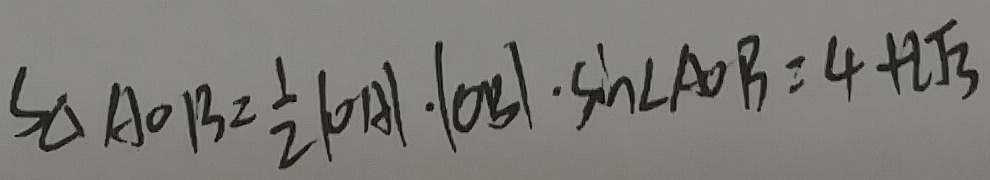
S _ { \Delta A O B } = \frac { 1 } { 2 } \vert O A \vert \cdot \vert O B \vert \cdot \sin \angle A O B = 4 + 2 \sqrt { 3 }